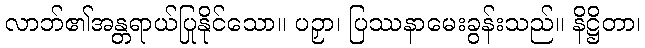
လာဘ်၏အန္တရာယ်ပြုနိုင်သော။ ပဉှာ၊ ပြဿနာမေးခွန်းသည်။ နိဋ္ဌိတာ၊